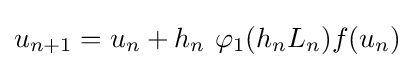
u_{n+1}=u_{n}+h_{n}\ \varphi _{1}(h_{n}L_{n})f(u_{n})